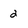
Character: 2